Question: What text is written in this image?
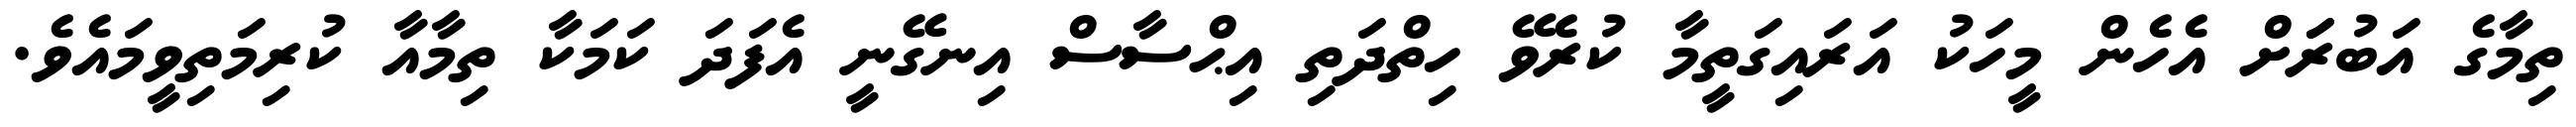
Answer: ތިމާގެ އަބުރަަށް އެހެން މީހަކު އަރައިގަތީމާ ކުރެވޭ ހިތްދަތި އިޙްސާސް އިނގޭނީ އެފަދަ ކަމަކާ ތިމާއާ ކުރިމަތިވީމައެވެ.